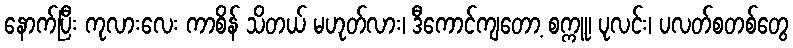
နောက်ပြီး ကုလားလေး ကာစိန် သိတယ် မဟုတ်လား၊ ဒီကောင်ကျတော့ စက္ကူ၊ ပုလင်း၊ ပလတ်စတစ်တွေ